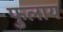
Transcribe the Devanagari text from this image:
फुलाय